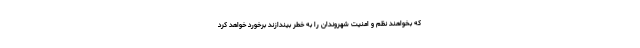
که بخواهند نظم و امنیت شهروندان را به خطر بیندازند برخورد خواهد کرد